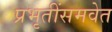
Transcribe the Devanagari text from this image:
प्रभृतींसमवेत